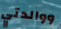
ووالدتي